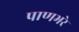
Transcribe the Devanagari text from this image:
पाणभरे